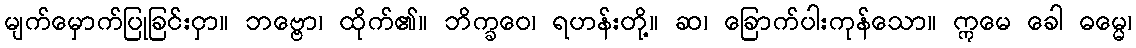
မျက်မှောက်ပြုခြင်းငှာ။ ဘဗ္ဗော၊ ထိုက်၏။ ဘိက္ခဝေ၊ ရဟန်းတို့။ ဆ၊ ခြောက်ပါးကုန်သော။ ဣမေ ခေါ ဓမ္မေ၊